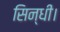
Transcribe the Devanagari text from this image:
सिन्धी।